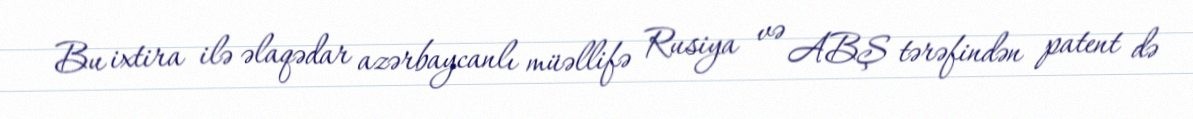
Bu ixtira ilə əlaqədar azərbaycanlı müəllifə Rusiya və ABŞ tərəfindən patent də